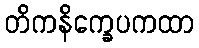
တိကနိက္ခေပကထာ